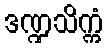
ဒဏ္ဍသိက္ကံ